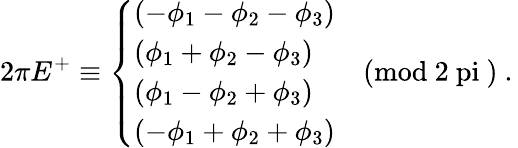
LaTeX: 2\pi E^{+}\equiv\left\{ \begin{array}{l}{{(-\phi_{1}-\phi_{2}-\phi_{3})}}\\ {{(\phi_{1}+\phi_{2}-\phi_{3})}}\\ {{(\phi_{1}-\phi_{2}+\phi_{3})}}\\ {{(-\phi_{1}+\phi_{2}+\phi_{3})}}\end{array}\quad\mathrm{(mod~2\ pi~)}~.\right.